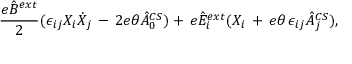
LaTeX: \frac { e \hat { B } \sp { e x t } } { 2 } ( \epsilon _ { i j } X _ { i } \dot { X } _ { j } \, - \, 2 e \theta \hat { A } _ { 0 } \sp { C S } ) + \, e \hat { E } _ { i } \sp { e x t } ( X _ { i } \, + \, e \theta \, \epsilon _ { i j } \hat { A } _ { j } \sp { C S } ) ,